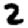
Digit: 2